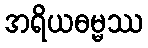
အရိယဓမ္မဿ